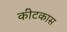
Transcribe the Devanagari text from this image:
कीटकास